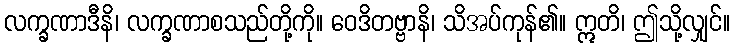
လက္ခဏာဒီနိ၊ လက္ခဏာစသည်တို့ကို။ ဝေဒိတဗ္ဗာနိ၊ သိအပ်ကုန်၏။ ဣတိ၊ ဤသို့လျှင်။